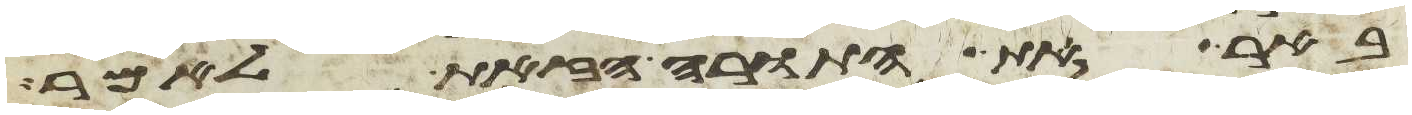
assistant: באר את התורה הזאת לאמר